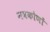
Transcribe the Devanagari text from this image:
नवकोणों